Problem: 28 + 19 = ?
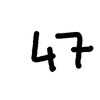
Handwritten answer: 47